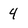
Character: 4